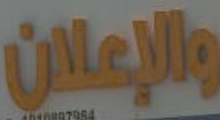
والإعلان